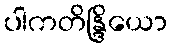
ပါကတိန္ဒြိယော